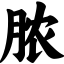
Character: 脓